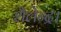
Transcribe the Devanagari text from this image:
शैलेन्द्र।